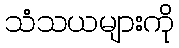
သံသယများကို